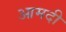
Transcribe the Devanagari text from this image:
आमदी